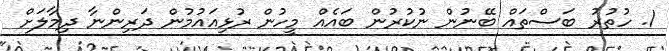
1. ހުތުރު ބަސްތައް ބޭނުން ނުކުރުން ބައެއް މީހުން ރުޅިއައުމުން ދަރިންނާ ދިމާލަށް